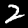
Digit: 2